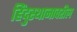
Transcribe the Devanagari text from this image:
हिंदुस्थानावरील